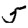
Digit: 5